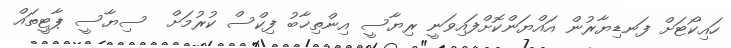
ހައިކޯޓަށް ފަނޑިޔާރުން އައްޔަންކޮށްފައިވަނީ ރިޔާސީ އިންތިޚާބު ފިކްސް ކުރުމަށް  ސިޔާސީ ޕާޓީތައް